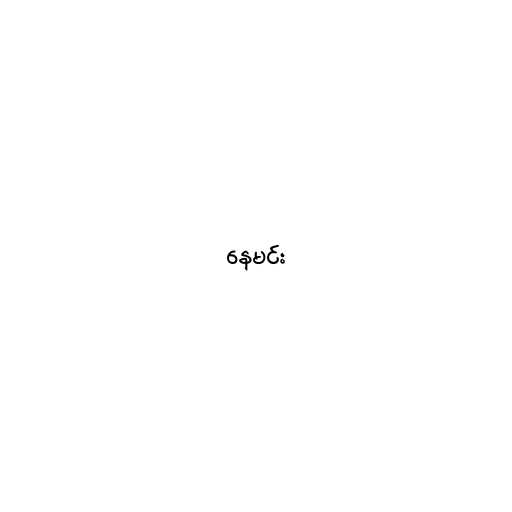
နေမင်း